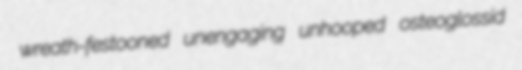
wreath-festooned unengaging unhooped osteoglossid